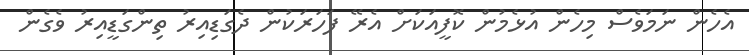
އެހެން ނަމަވެސް މިހެން އުޅެމުން ކޮފީއަކަށް އެރޭ ފަހަރަކުން ދެގަޑިއިރު ތިންގަޑީއިރު ވެގެން